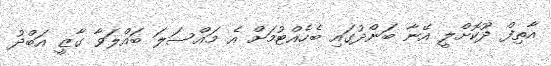
އާތިފް ދޫކޮށްލީ އޭނާ ބަންދުގައި ބެހެއްޓުމަށް އެ މައްސަލަ ބައްލަވާ ގާޒީ އަބްދު